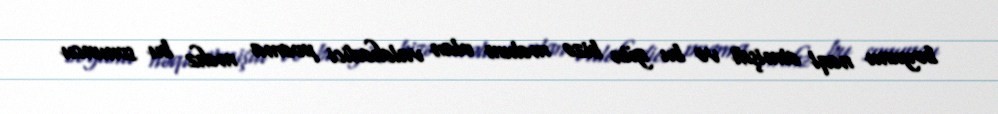
boyunu nəql etmişdi və bu gün bizə məlum olan valehedici poema məhz bu sonuncu